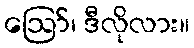
ဪ၊ ဒီလိုလား။